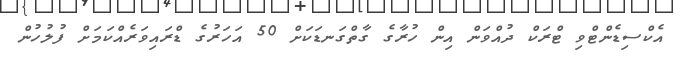
އެކްސިޑެންޓްވި ޓްރަކް ދުއްވަން އިން ހުރާގެ ގާތްގަނޑަކަށް 50 އަހަރުގެ ޑްރައިވަރެއްކަަމަށް ފުލުހުން